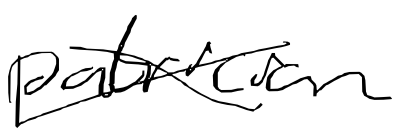
Text: patrician
Cross-out: cross
Writing tool: digital_black